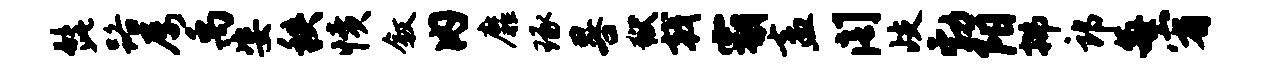
髭路屡禹姿秩愤叙内靡琢晷狱戟霸盍阁歧勃阳拂郎每宥